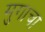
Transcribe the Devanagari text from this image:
मुगाचा